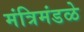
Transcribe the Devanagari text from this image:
मंत्रिमंडळे